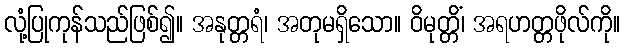
လုံ့ပြုကုန်သည်ဖြစ်၍။ အနုတ္တရံ၊ အတုမရှိသော။ ဝိမုတ္တိံ၊ အရဟတ္တဖိုလ်ကို။